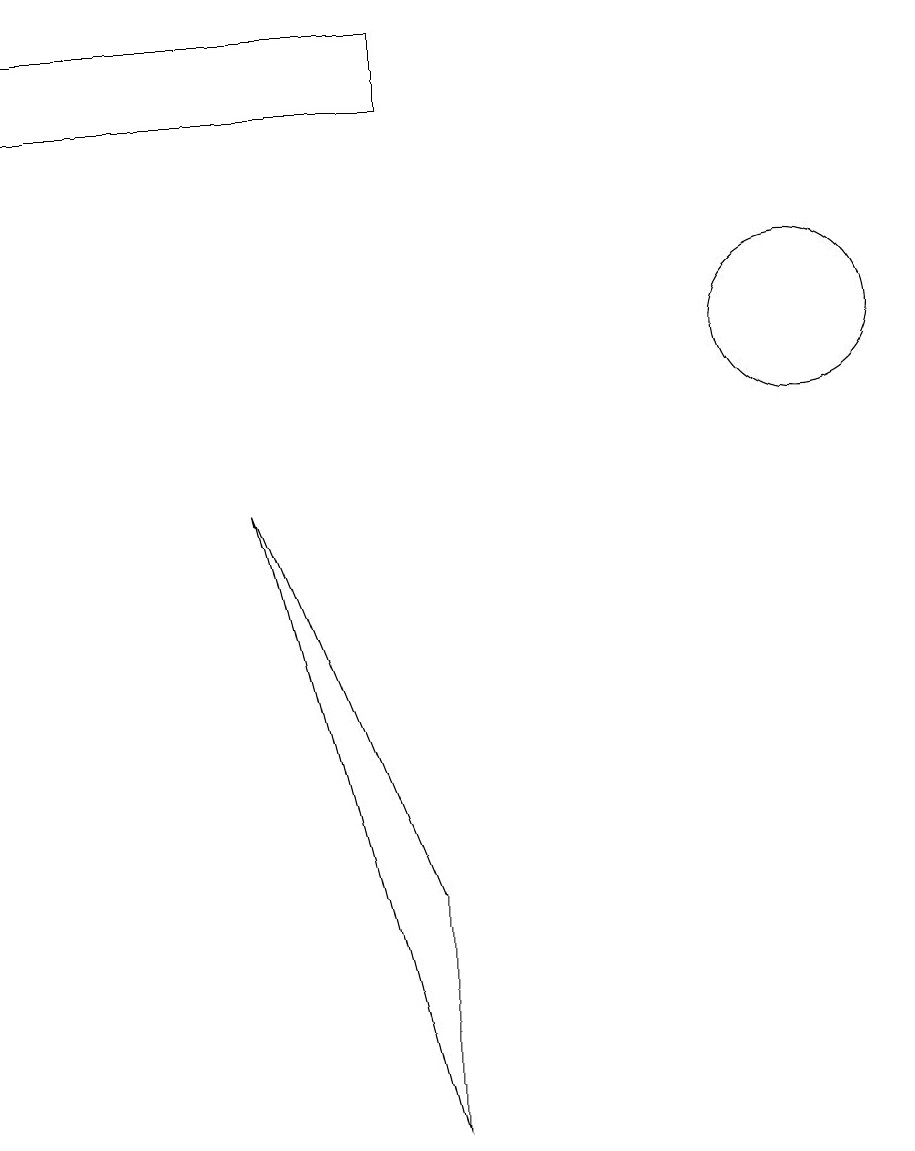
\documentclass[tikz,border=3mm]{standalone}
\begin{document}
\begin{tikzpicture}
\draw (5,0) -- (3,8) -- (5,3) -- cycle;
\draw (10,10) circle (1);
\draw (0,13) rectangle (5,14);
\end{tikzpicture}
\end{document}